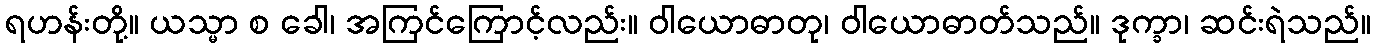
ရဟန်းတို့။ ယသ္မာ စ ခေါ၊ အကြင်ကြောင့်လည်း။ ဝါယောဓာတု၊ ဝါယောဓာတ်သည်။ ဒုက္ခာ၊ ဆင်းရဲသည်။